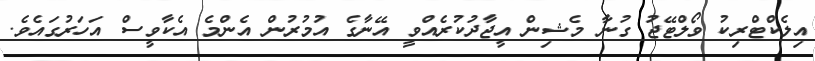
އިލެކްޓްރިކު ވޯލްޓޭޖު ގުނާ މެޝިން އީޖާދުކުރެއްވީ އޭނާގެ އުމުރުން އެންމެ އެކާވީސް އަހަރުގައެވެ.